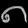
Digit: ၈